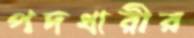
পদধারীর